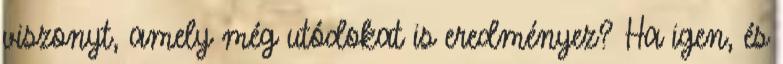
viszonyt, amely még utódokat is eredményez? Ha igen, és